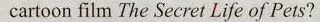
cartoon film The Secret Life of Pets?